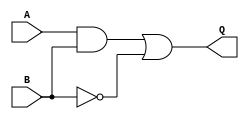
module circuit_1_dataflow_2 (
  input A, B,
  output Q
);
  // With one assign expression.
  assign Q = (A & B) | (~ B);
endmodule